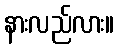
နားလည်လား။